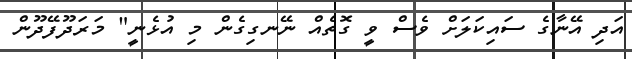
އަދި އޭނާގެ ސައިކަލަށް ވެސް ވީ ގޮތެއް ނޭނގިގެން މި އުޅެނީ" މަރަދޫފޭދޫން